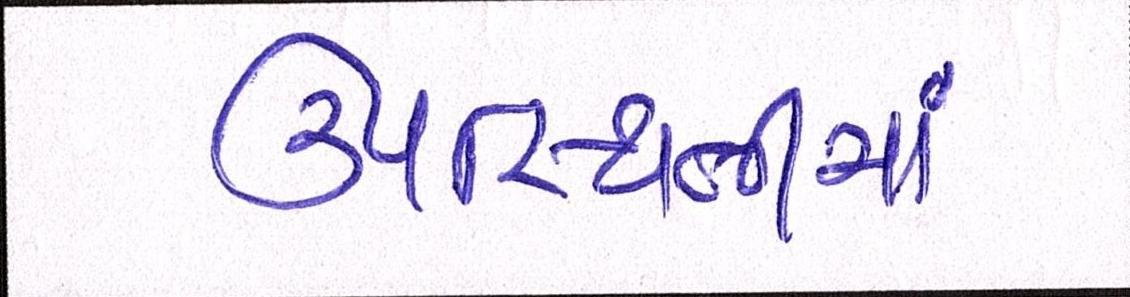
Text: ઉપસ્થિતીમાં